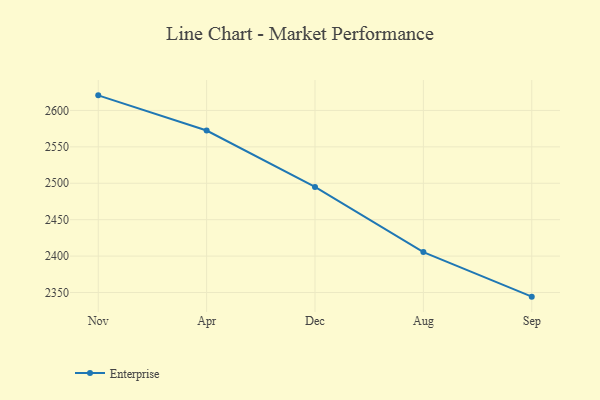
{"axis": {"x": "Month", "y": "Backlog"}, "legend": ["Enterprise"], "data": [{"x": "Nov", "y": 2620.7, "type": "Enterprise"}, {"x": "Apr", "y": 2572.4, "type": "Enterprise"}, {"x": "Dec", "y": 2494.9, "type": "Enterprise"}, {"x": "Aug", "y": 2405.5, "type": "Enterprise"}, {"x": "Sep", "y": 2344.3, "type": "Enterprise"}]}